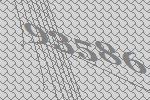
93586